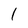
Character: 1